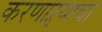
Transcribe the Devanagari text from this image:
करणाऱ्याचा